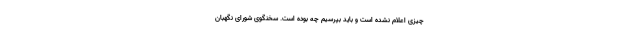
چیزی اعلام نشده است و باید بپرسیم چه بوده است. سخنگوی شورای نگهبان